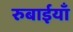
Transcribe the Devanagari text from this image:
रुबाईयाँ